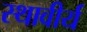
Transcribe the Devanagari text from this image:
स्थावीर्य